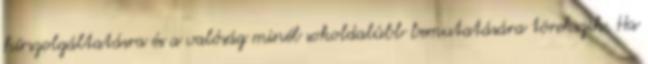
hírszolgáltatásra és a valóság minél sokoldalúbb bemutatására törekszik. Ha